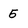
Character: 5